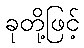
ခုတို့ဖြင့်